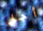
أجل